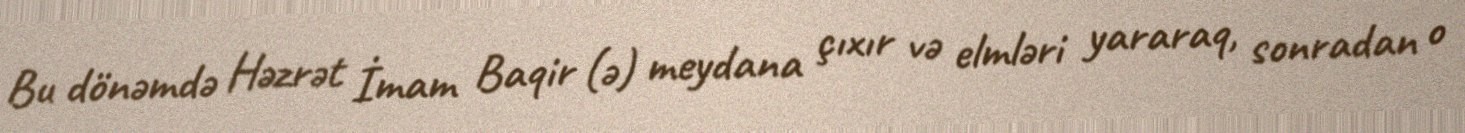
Bu dönəmdə Həzrət İmam Baqir (ə) meydana çıxır və elmləri yararaq, sonradan o